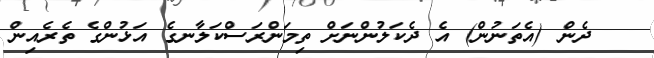
ދެން (އެތަނުން) އެ ދެކަލުންނަށް ތިމަންރަސްކަލާނގެ އަޅުންގެ ތެރެއިން